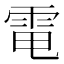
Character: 電